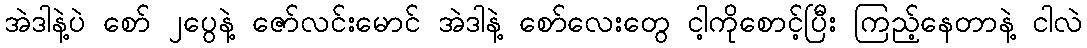
အဲဒါနဲ့ပဲ စော် ၂ပွေနဲ့ ဇော်လင်းမောင် အဲဒါနဲ့ စော်လေးတွေ ငါ့ကိုစောင့်ပြီး ကြည့်နေတာနဲ့ ငါလဲ